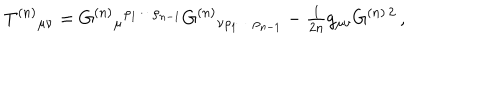
LaTeX: T ^ { ( n ) } { } _ { \mu \nu } = G ^ { ( n ) } { } _ { \mu } { } ^ { \rho _ { 1 } \cdots \rho _ { n - 1 } } G ^ { ( n ) } { } _ { \nu \rho _ { 1 } \cdots \rho _ { n - 1 } } - { \textstyle \frac { 1 } { 2 n } } g _ { \mu \nu } G ^ { ( n ) \, 2 } \, ,